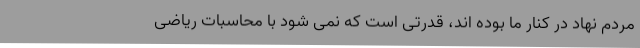
مردم نهاد در کنار ما بوده اند، قدرتی است که نمی شود با محاسبات ریاضی